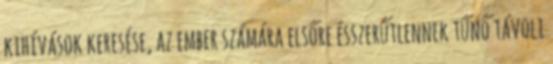
kihívások keresése, az ember számára elsőre ésszerűtlennek tűnő távoli